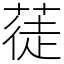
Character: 蓗